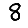
Digit: 8